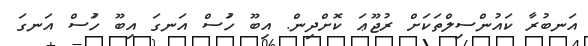
އަނބުރާ ކައުންސިލްތަކަށް ރުޖޫޢަ ކޮށްދިން. އިބޫ ހުަސް އަނގަ އިބޫ ހުަސް އަނގަ